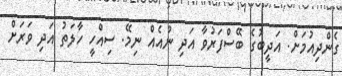
ގެންދިއުމަށް. އަދީބުގެ ބޭސްފަރުވާ އަދި ނުއެއް ނިމޭ. ސިއްހީ ހާލަތު އަދި ވަރަށް